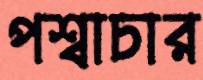
পশ্বাচার